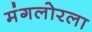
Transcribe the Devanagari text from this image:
मंगलोरला